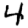
Digit: 4